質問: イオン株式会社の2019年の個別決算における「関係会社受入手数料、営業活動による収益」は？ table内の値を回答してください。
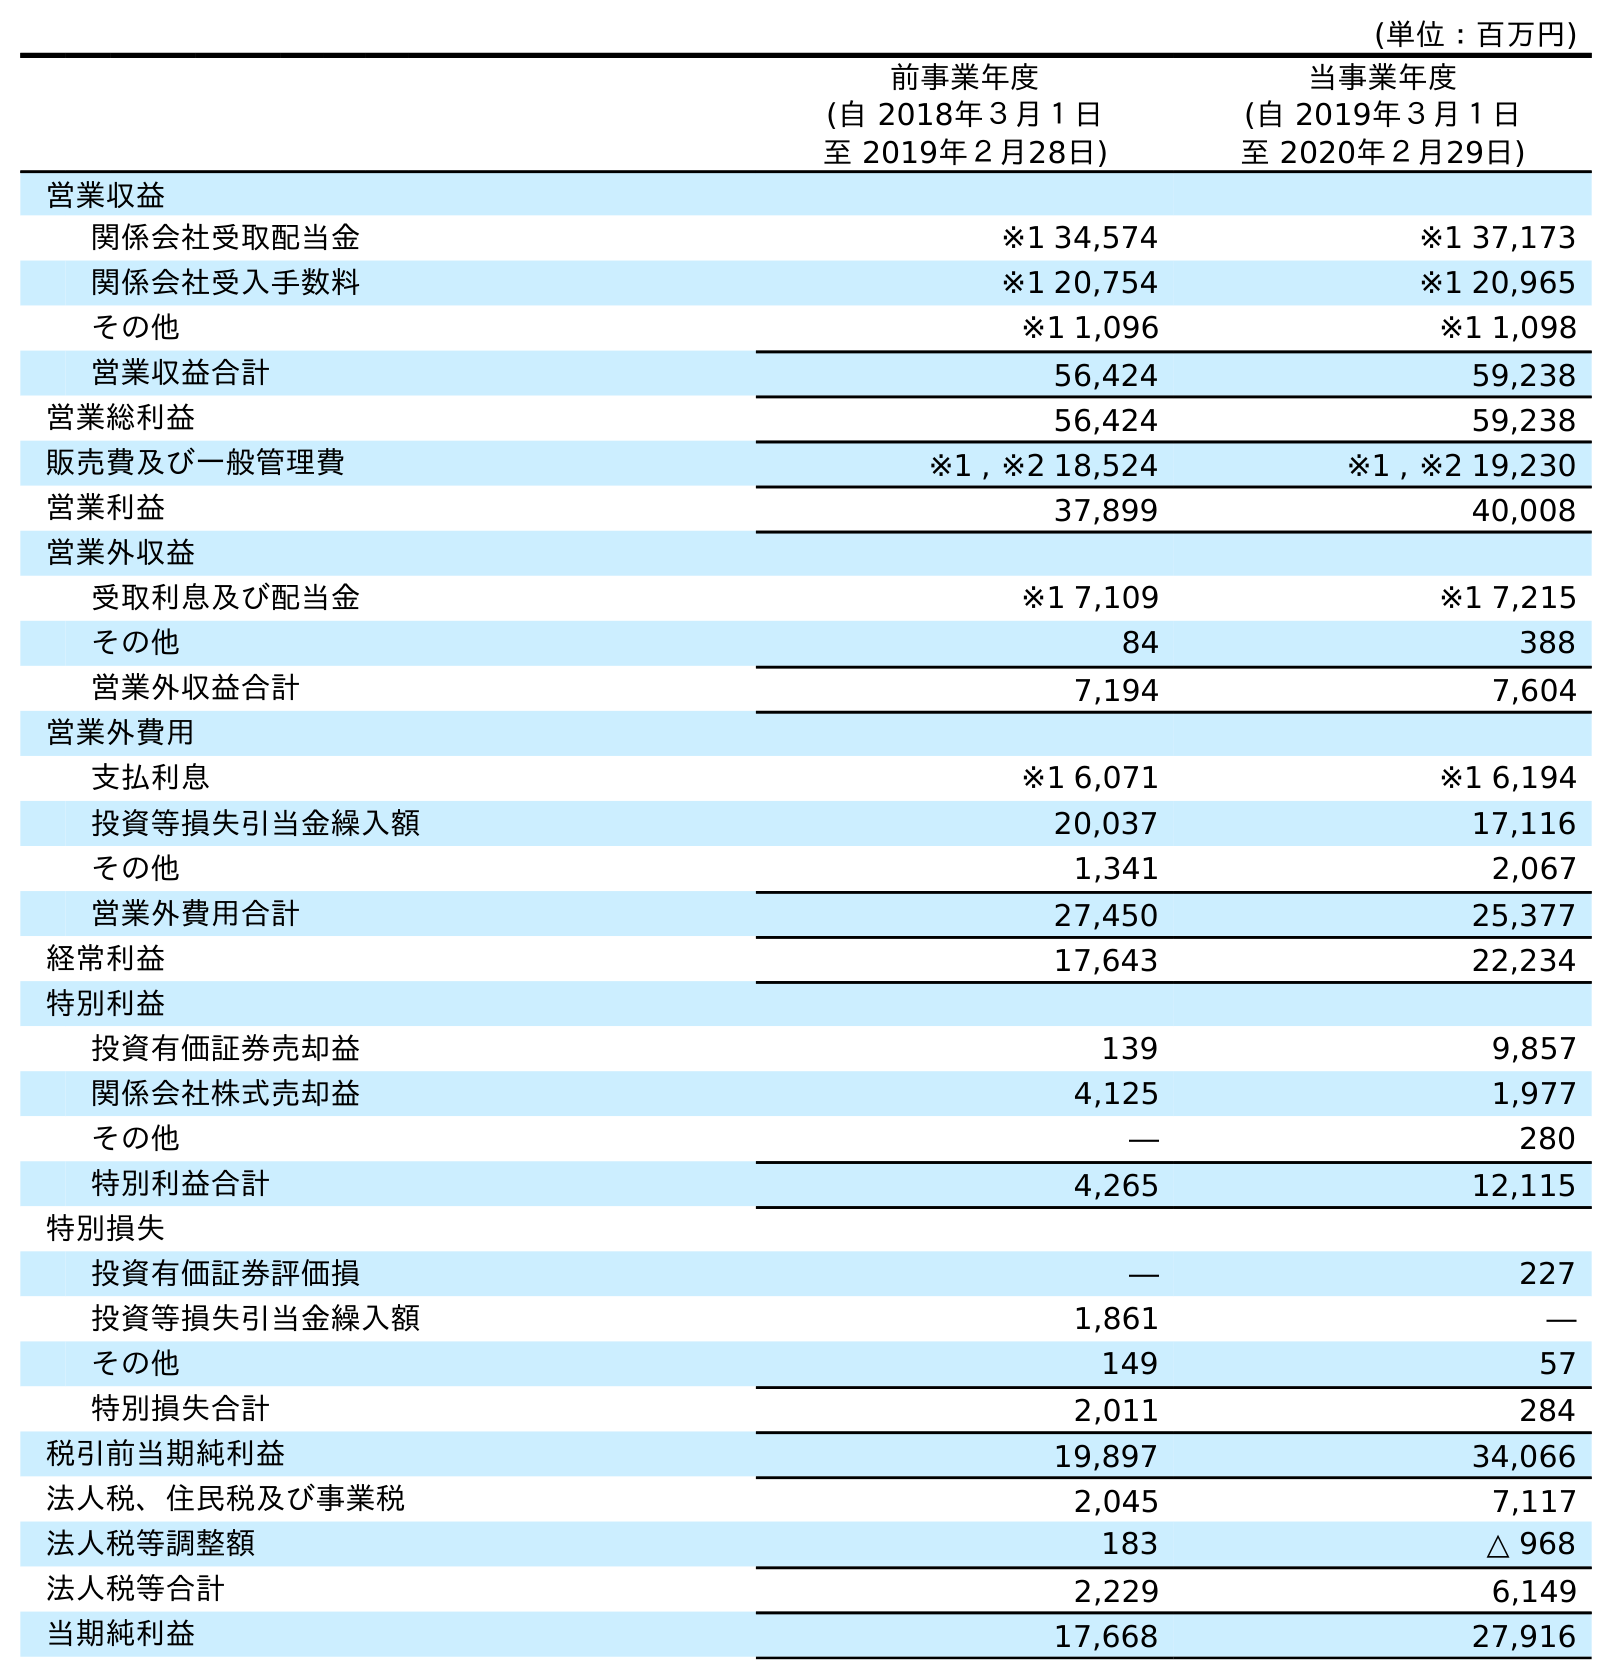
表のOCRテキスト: (単位：百万円) 前事業年度 (自 2018年３月１日 至 2019年２月28日) 当事業年度 (自 2019年３月１日 至 2020年２月29日) 営業収益 関係会社受取配当金 ※1 34,574 ※1 37,173 関係会社受入手数料 ※1 20,754 ※1 20,965 その他 ※1 1,096 ※1 1,098 営業収益合計 56,424 59,238 営業総利益 56,424 59,238 販売費及び一般管理費 ※1 , ※2 18,524 ※1 , ※2 19,230 営業利益 37,899 40,008 営業外収益 受取利息及び配当金 ※1 7,109 ※1 7,215 その他 84 388 営業外収益合計 7,194 7,604 営業外費用 支払利息 ※1 6,071 ※1 6,194 投資等損失引当金繰入額 20,037 17,116 その他 1,341 2,067 営業外費用合計 27,450 25,377 経常利益 17,643 22,234 特別利益 投資有価証券売却益 139 9,857 関係会社株式売却益 4,125 1,977 その他 ― 280 特別利益合計 4,265 12,115 特別損失 投資有価証券評価損 ― 227 投資等損失引当金繰入額 1,861 ― その他 149 57 特別損失合計 2,011 284 税引前当期純利益 19,897 34,066 法人税、住民税及び事業税 2,045 7,117 法人税等調整額 183 △ 968 法人税等合計 2,229 6,149 当期純利益 17,668 27,916
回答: ※120,754